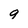
Character: 9